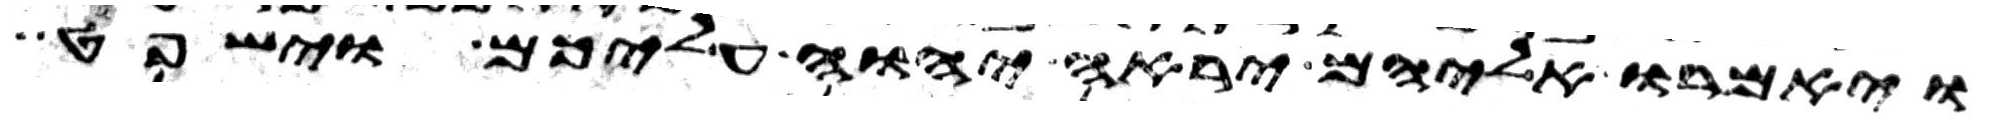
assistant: ויאמרו אליהם יראה יהוה עליכם וישפט